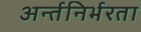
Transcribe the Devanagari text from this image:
अर्न्तनिर्भरता